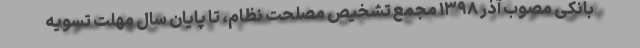
بانکی مصوب آذر ۱۳۹۸ مجمع تشخیص مصلحت نظام، تا پایان سال مهلت تسویه